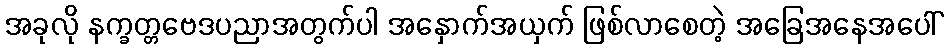
အခုလို နက္ခတ္တဗေဒပညာအတွက်ပါ အနှောက်အယှက် ဖြစ်လာစေတဲ့ အခြေအနေအပေါ်